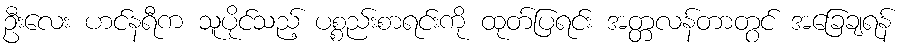
ဦးလေး ဟင်နရီက သူပိုင်သည့် ပစ္စည်းစာရင်းကို ထုတ်ပြရင်း အတ္တလန်တာတွင် အခြေချရန်